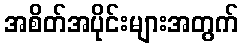
အစိတ်အပိုင်းများအတွက်